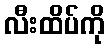
လီးထိပ်ကို